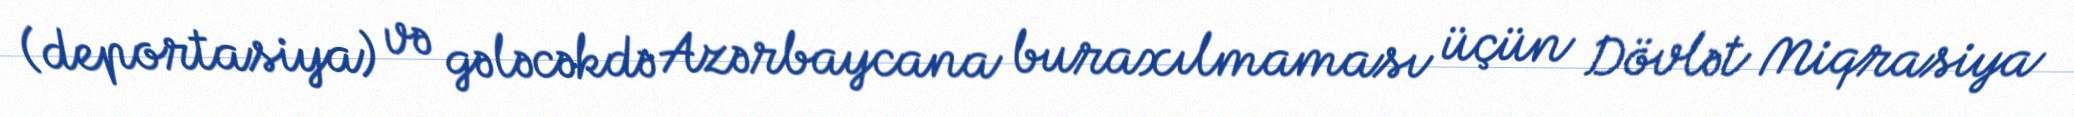
(deportasiya) və gələcəkdə Azərbaycana buraxılmaması üçün Dövlət Miqrasiya